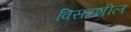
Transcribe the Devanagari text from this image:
विसरशील